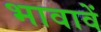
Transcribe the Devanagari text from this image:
भावावें